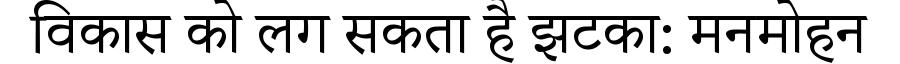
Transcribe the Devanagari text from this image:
विकास को लग सकता है झटका: मनमोहन